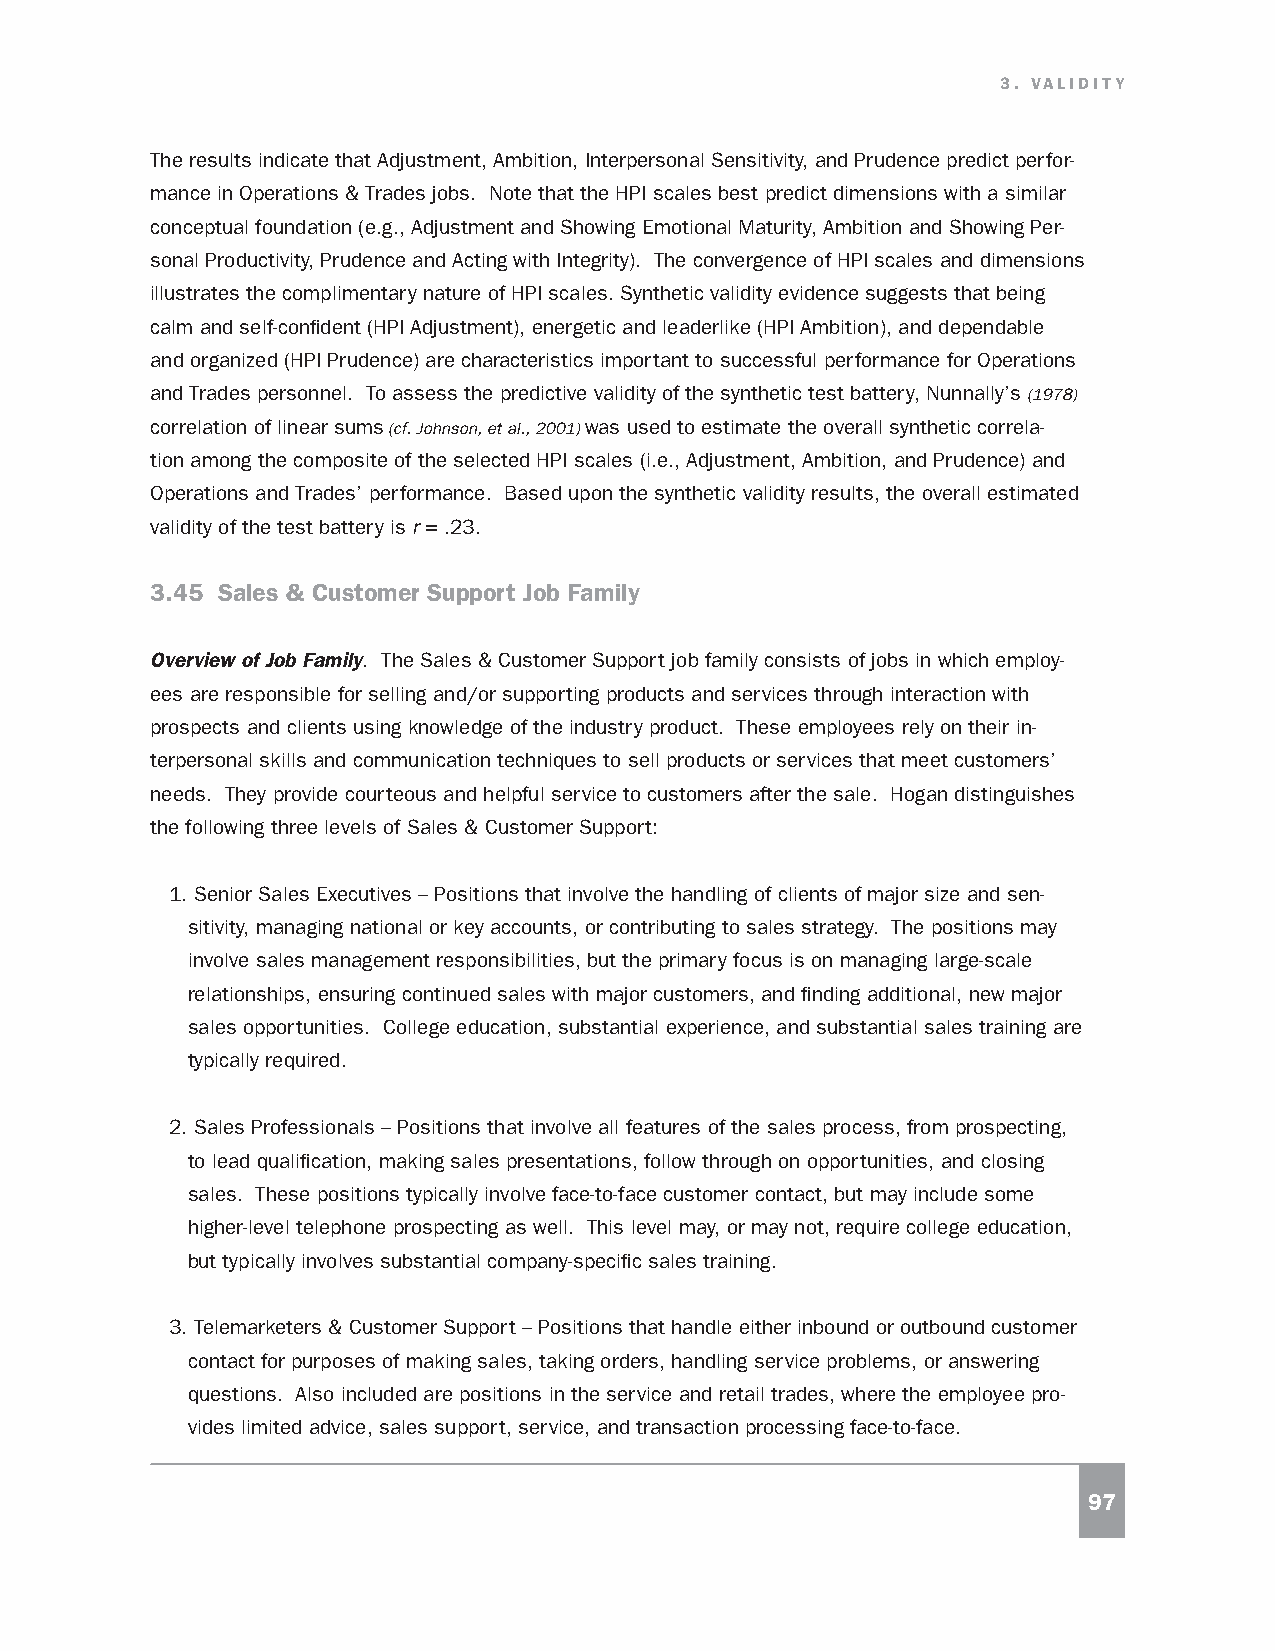
3. VALIDITY
 The results indicate that Adjustment, Ambition, Interpersonal Sensitivity, and Prudence predict perfor-
 mance in Operations & Trades jobs. Note that the HPI scales best predict dimensions with a similar
 conceptual foundation (e.g., Adjustment and Showing Emotional Maturity, Ambition and Showing Per-
 sonal Productivity, Prudence and Acting with Integrity). The convergence of HPI scales and dimensions
 illustrates the complimentary nature of HPI scales. Synthetic validity evidence suggests that being
 calm and self-confident (HPI Adjustment), energetic and leaderlike (HPI Ambition), and dependable
 and organized (HPI Prudence) are characteristics important to successful performance for Operations
 and Trades personnel. To assess the predictive validity of the synthetic test battery, Nunnally’s (1978)
 correlation of linear sums (cf. Johnson, et al., 2001) was used to estimate the overall synthetic correla-
 tion among the composite of the selected HPI scales (i.e., Adjustment, Ambition, and Prudence) and
 Operations and Trades’ performance. Based upon the synthetic validity results, the overall estimated
 validity of the test battery is r = .23.
 3.45 Sales & Customer Support Job Family
 Overview of Job Family. The Sales & Customer Support job family consists of jobs in which employ-
 ees are responsible for selling and/or supporting products and services through interaction with
 prospects and clients using knowledge of the industry product. These employees rely on their in-
 terpersonal skills and communication techniques to sell products or services that meet customers’
 needs. They provide courteous and helpful service to customers after the sale. Hogan distinguishes
 the following three levels of Sales & Customer Support:
 1. Senior Sales Executives – Positions that involve the handling of clients of major size and sen-
 sitivity, managing national or key accounts, or contributing to sales strategy. The positions may
 involve sales management responsibilities, but the primary focus is on managing large-scale
 relationships, ensuring continued sales with major customers, and finding additional, new major
 sales opportunities. College education, substantial experience, and substantial sales training are
 typically required.
 2. Sales Professionals – Positions that involve all features of the sales process, from prospecting,
 to lead qualification, making sales presentations, follow through on opportunities, and closing
 sales. These positions typically involve face-to-face customer contact, but may include some
 higher-level telephone prospecting as well. This level may, or may not, require college education,
 but typically involves substantial company-specific sales training.
 3. Telemarketers & Customer Support – Positions that handle either inbound or outbound customer
 contact for purposes of making sales, taking orders, handling service problems, or answering
 questions. Also included are positions in the service and retail trades, where the employee pro-
 vides limited advice, sales support, service, and transaction processing face-to-face.
 97